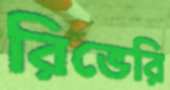
রিভেরি